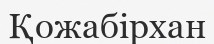
Қожабірхан